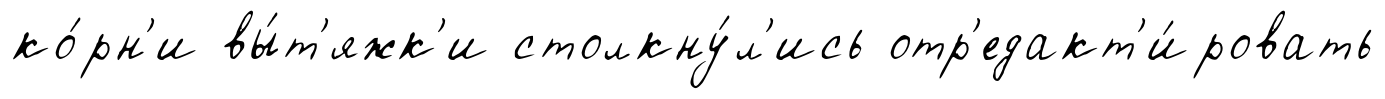
ко́рн'и вы́т'яжк'и столкну́л'ись отр'едакт'и́ровать